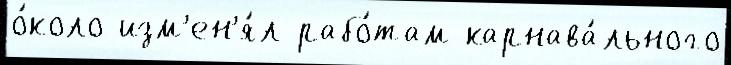
о́коло изм'ен'я́л рабо́там карнава́льного